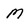
Character: M